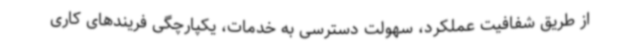
از طریق شفافیت عملکرد، سهولت دسترسی به خدمات، یکپارچگی فریندهای کاری